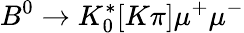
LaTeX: B^{0}\to{K}_{0}^{*}[K\pi]\mu^{+}\mu^{-}